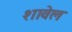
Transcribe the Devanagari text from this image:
शावेल